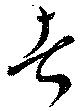
者